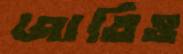
জাতিও